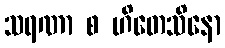
သရဏာ စ ဟိတေသိနော